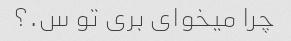
چرا میخوای بری تو س.؟